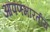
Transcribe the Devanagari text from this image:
आपणभारतीय